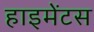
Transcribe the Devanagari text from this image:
हाइमेंटस